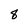
Character: 8